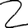
Digit: 2